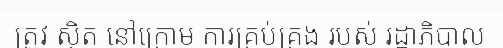
ត្រូវ ស្ថិត នៅក្រោម ការគ្រប់គ្រង របស់ រដ្ឋាភិបាល